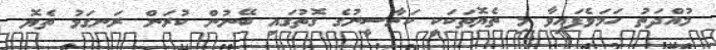
މުއްދަތު ހަމަވެފައިވާ މި ތެޔޮތަކަކީ ކަރާސީނުގެ ގޮތުގައި ބޭނުން ކުރަން ރަނގަޅު ތެޔޮ